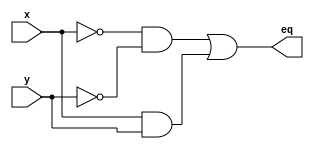
module comparador1bit(x, y, eq
);

input wire x,y;
output wire eq;

wire s0, s1;

assign s0 = ~x && ~y;
assign s1 = x && y;
assign eq = s0 || s1;

endmodule